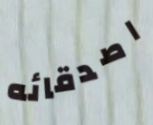
اصدقائه